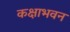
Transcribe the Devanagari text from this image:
कक्षाभवन